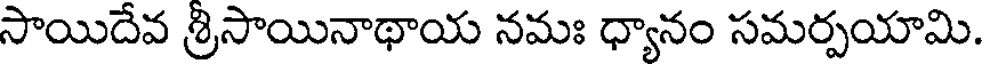
సాయిదేవ శ్రిసాయినాథాయ నమః ధ్యానం సమర్పయామి.